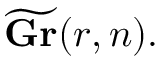
{ \widetilde { \mathbf { G r } } } ( r , n ) .